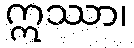
ဣဿာ၊